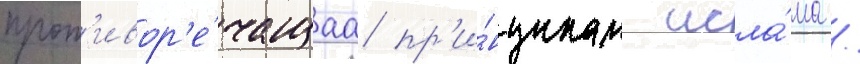
прот'ивор'е́чащаа пр'и́нципам исла́ма /